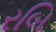
રબિ